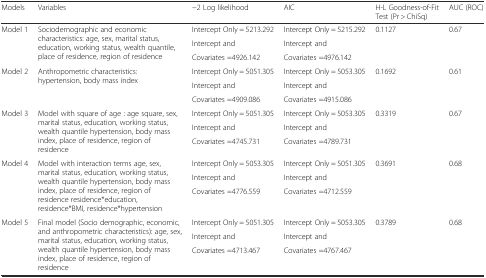
<table><thead><tr><td><b>Models</b></td><td><b>Variables</b></td><td><b>−2 Log likelihood</b></td><td><b>AIC</b></td><td><b>H-L Goodness-of-Fit Test (Pr &gt; ChiSq)</b></td><td><b>AUC (ROC)</b></td></tr></thead><tbody><tr><td rowspan="3">Model 1</td><td rowspan="3">Sociodemographic and economic characteristics: age, sex, marital status, education, working status, wealth quantile, place of residence, region of residence</td><td>Intercept Only = 5213.292</td><td>Intercept Only = 5215.292</td><td rowspan="3">0.1127</td><td rowspan="3">0.67</td></tr><tr><td>Intercept and</td><td>Intercept and</td></tr><tr><td>Covariates =4926.142</td><td>Covariates =4976.142</td></tr><tr><td rowspan="3">Model 2</td><td rowspan="3">Anthropometric characteristics: hypertension, body mass index</td><td>Intercept Only = 5051.305</td><td>Intercept Only = 5053.305</td><td rowspan="3">0.1692</td><td rowspan="3">0.61</td></tr><tr><td>Intercept and</td><td>Intercept and</td></tr><tr><td>Covariates =4909.086</td><td>Covariates =4915.086</td></tr><tr><td rowspan="3">Model 3</td><td rowspan="3">Model with square of age : age square, sex, marital status, education, working status, wealth quantile hypertension, body mass index, place of residence, region of residence</td><td>Intercept Only = 5051.305</td><td>Intercept Only = 5053.305</td><td rowspan="3">0.3319</td><td rowspan="3">0.67</td></tr><tr><td>Intercept and</td><td>Intercept and</td></tr><tr><td>Covariates =4745.731</td><td>Covariates =4789.731</td></tr><tr><td rowspan="3">Model 4</td><td rowspan="3">Model with interaction terms age, sex, marital status, education, working status, wealth quantile hypertension, body mass index, place of residence, region of residence residence*education, residence*BMI, residence*hypertension</td><td>Intercept Only = 5053.305</td><td>Intercept Only = 5051.305</td><td rowspan="3">0.3691</td><td rowspan="3">0.68</td></tr><tr><td>Intercept and</td><td>Intercept and</td></tr><tr><td>Covariates =4776.559</td><td>Covariates =4712.559</td></tr><tr><td rowspan="3">Model 5</td><td rowspan="3">Final model (Socio demographic, economic, and anthropometric characteristics): age, sex, marital status, education, working status, wealth quantile hypertension, body mass index, place of residence, region of residence</td><td>Intercept Only = 5051.305</td><td>Intercept Only = 5053.305</td><td rowspan="3">0.3789</td><td rowspan="3">0.68</td></tr><tr><td>Intercept and</td><td>Intercept and</td></tr><tr><td>Covariates =4713.467</td><td>Covariates =4767.467</td></tr></tbody></table>